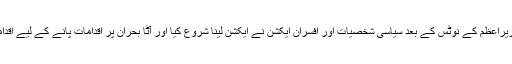
رپورٹ کے مطابق وزیراعظم کے نوٹس کے بعد سیاسی شخصیات اور افسران ایکشن نے ایکشن لینا شروع کیا اور آٹا بحران پر اقدامات پانے کے لیے اقدامات شروع کیے گئے۔